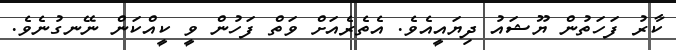
ކާރު ފަހަތުން ޔޫޝައު ދިޔައީއެވެ. އެތެރެއަށް ވަތް ފަހުން ވީ ކީއްކަން ނޭނގުނެވެ.